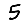
Digit: 5